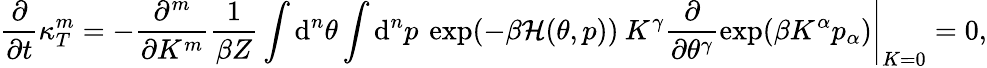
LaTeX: \frac{\partial}{\partial t}\kappa_{T}^{m}=-\left.\frac{\partial^{m}}{\partial K^{m}}\frac{1}{\beta Z}\int\mathrm{d}^{n}\theta\int\mathrm{d}^{n}p\: \exp(-\beta\mathcal{H}(\theta,p))\: K^{\gamma}\frac{\partial}{\partial\theta^{\gamma}}\exp(\beta K^{\alpha}p_{\alpha})\right|_{K=0}=0,